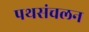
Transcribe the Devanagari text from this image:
पथसंचलन